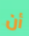
أن